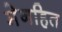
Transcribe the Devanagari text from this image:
मेनहित